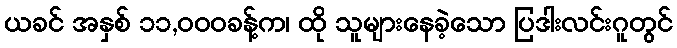
ယခင် အနှစ် ၁၁,၀၀၀ခန့်က၊ ထို သူများနေခဲ့သော ပြဒါးလင်းဂူတွင်